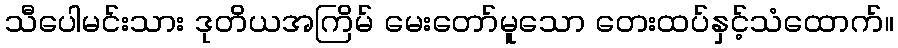
သီပေါမင်းသား ဒုတိယအကြိမ် မေးတော်မူသော တေးထပ်နှင့်သံထောက်။